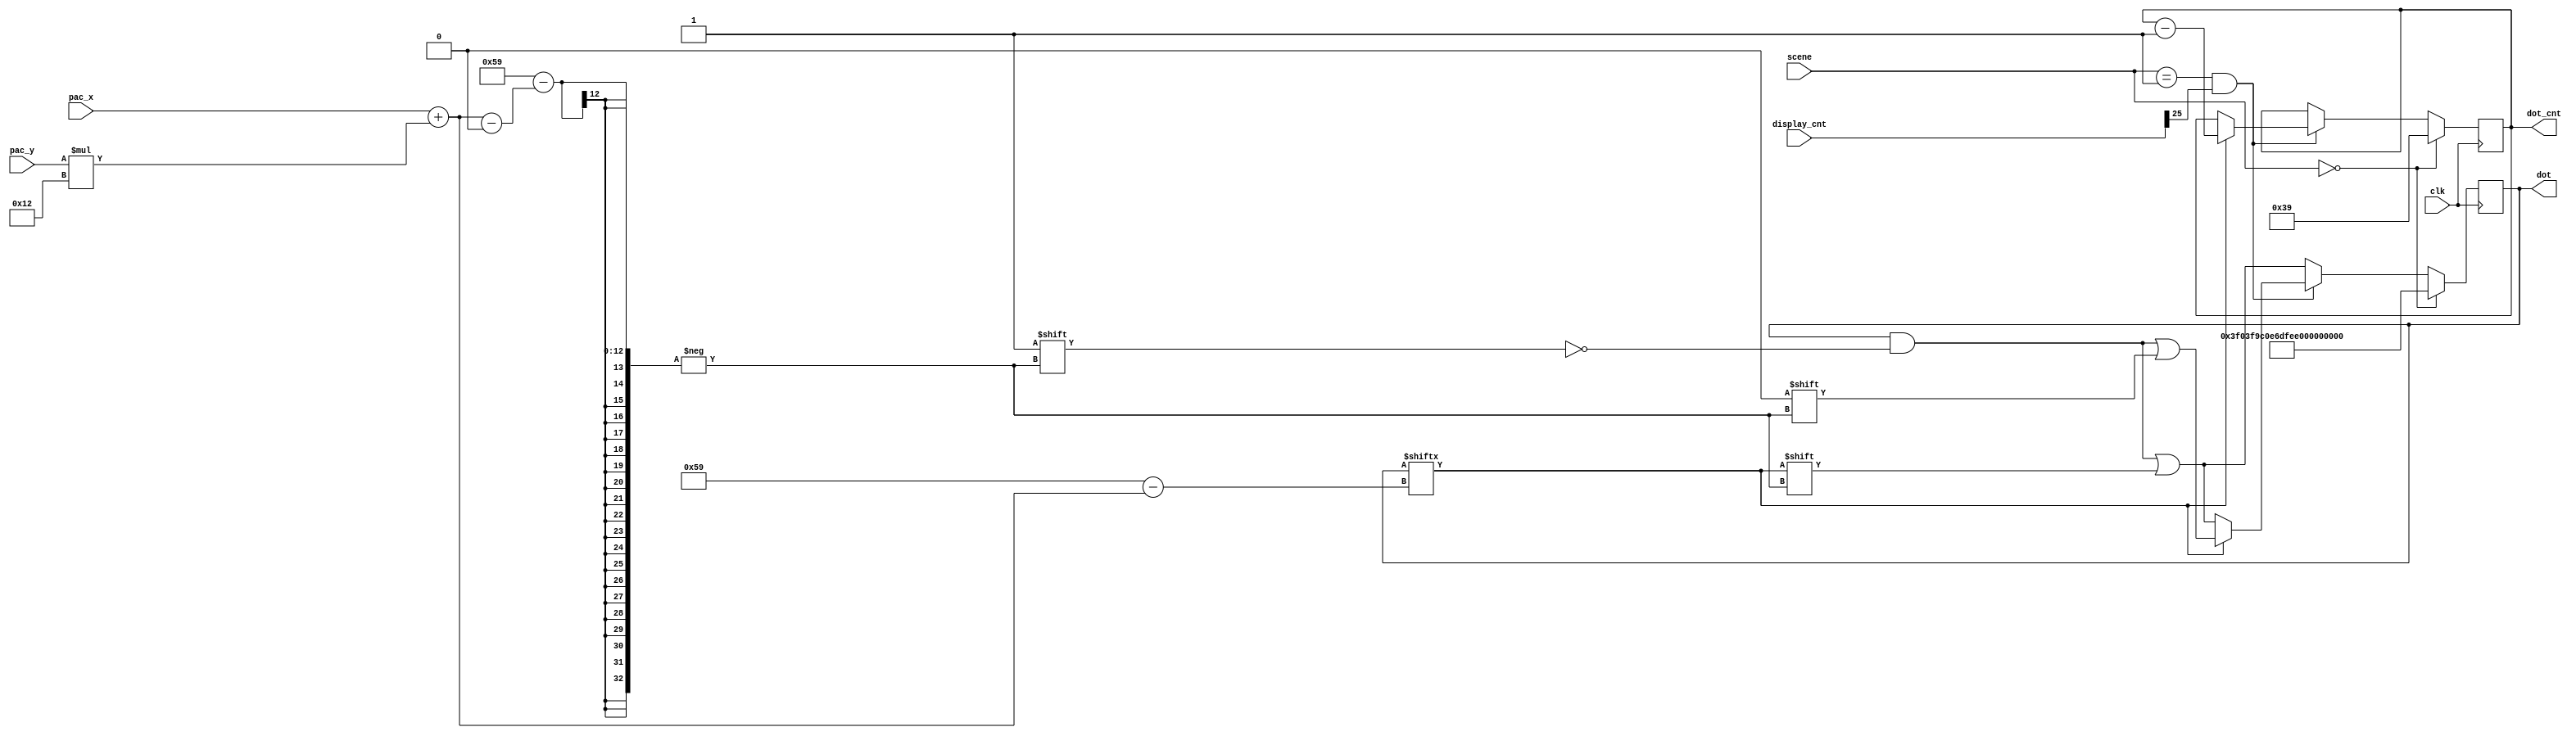
`timescale 1ns / 1ps
/////////////////////////////////////////////////////////////////
// Module Name: dot_counter
/////////////////////////////////////////////////////////////////

module dot_counter(
    input clk,
    input [1:0] scene,
    input [26:0] display_cnt,
    input [4:0] pac_x,
    input [4:0] pac_y,
    output reg [5:0] dot_cnt,
    output reg [0:89] dot
    );
    
    parameter start_scene = 2'b00;
    parameter play_scene = 2'b01;
    parameter win_scene = 2'b10;
    parameter lose_scene = 2'b11;
    
    // count the remaining dots on the map
    always@(posedge clk) begin
        if(scene == start_scene) begin // refresh the dot map
            dot <= {18'b111111000000111111,
                   18'b100111000000111001,
                   ~18'b010010000000010010,
                   ~18'b011010111111010110,
                   ~18'b000000000100000000};
            dot_cnt <= 57;
        end
        else if(scene == play_scene && display_cnt[25]) begin
            if(dot[pac_x + pac_y * 18]) begin
                dot[pac_x + pac_y * 18] <= 1'b0;
                dot_cnt <= dot_cnt - 1;
            end
            else begin
                dot[pac_x + pac_y * 18] <= dot[pac_x + pac_y * 18];
                dot_cnt <= dot_cnt;
            end
        end
        else begin
            dot[pac_x + pac_y * 18] <= dot[pac_x + pac_y * 18];
            dot_cnt <= dot_cnt;
        end
    end
endmodule